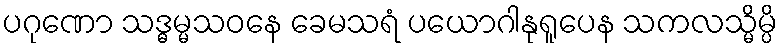
ပဂုဏော သဒ္ဓမ္မသဝနေ ခေမသရံ ပယောဂါနုရူပေန သကလသ္မိမ္ပိ